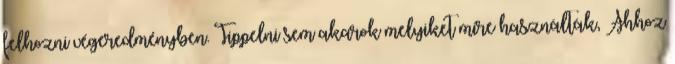
felhozni végeredményben. Tippelni sem akarok melyiket mire használták, Ahhoz